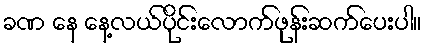
ခဏ နေ နေ့လယ်ပိုင်းလောက်ဖုန်းဆက်ပေးပါ။